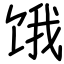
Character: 饿